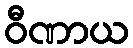
ဝီဏာယ